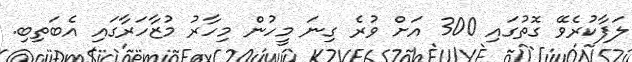
ލަފާކުރެވޭ ގޮތުގައި 300 އަށް ވުރެ ގިނަ މީހުން މިހާރު މުޒާހަރާގައި އެބަތިބި.